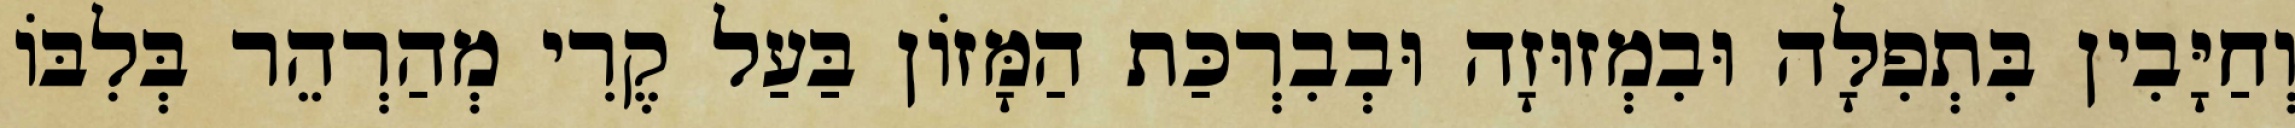
וְחַיָּבִין בִּתְפִלָּה וּבִמְזוּזָה וּבְבִרְכַּת הַמָּזוֹן בַּעַל קֶרִי מְהַרְהֵר בְּלִבּוֹ